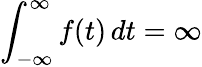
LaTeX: \int_{-\infty}^{\infty}f(t)\, dt=\infty